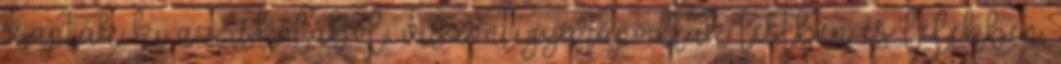
csapták ki az iskolából, viszont gyarapodtak testben és lélekben.